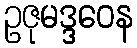
ဥဇုမဒ္ဒဝေန